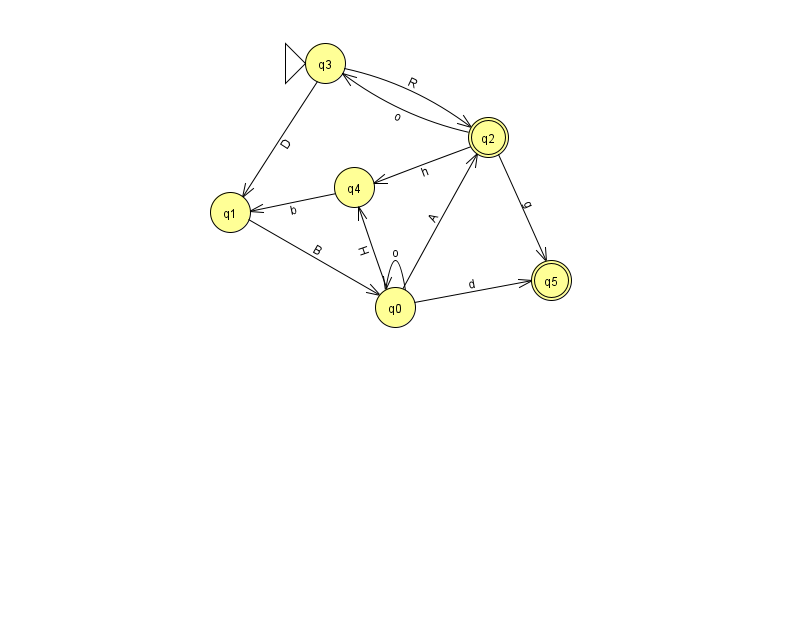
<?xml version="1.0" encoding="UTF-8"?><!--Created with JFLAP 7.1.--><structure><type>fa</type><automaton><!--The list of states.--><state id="0" name="q0"><x>395.0</x><y>294.0</y></state><state id="1" name="q1"><x>230.0</x><y>199.0</y></state><state id="2" name="q2"><x>488.0</x><y>124.0</y><final/></state><state id="3" name="q3"><x>325.0</x><y>50.0</y><initial/></state><state id="4" name="q4"><x>354.0</x><y>174.0</y></state><state id="5" name="q5"><x>551.0</x><y>267.0</y><final/></state><!--The list of transitions.--><transition><from>3</from><to>2</to><read>R</read></transition><transition><from>0</from><to>2</to><read>A</read></transition><transition><from>1</from><to>0</to><read>B</read></transition><transition><from>3</from><to>1</to><read>D</read></transition><transition><from>0</from><to>5</to><read>d</read></transition><transition><from>2</from><to>4</to><read>h</read></transition><transition><from>2</from><to>5</to><read>g</read></transition><transition><from>2</from><to>3</to><read>o</read></transition><transition><from>0</from><to>0</to><read>o</read></transition><transition><from>0</from><to>4</to><read>H</read></transition><transition><from>4</from><to>1</to><read>b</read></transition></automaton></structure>